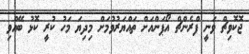
ޖޮކޮވިޗް ވަނީ ފްރެންޗް އޯޕަންއަށް ތައްޔަރުވުމަށް މިދިޔަ މަހު ކުރީ ކޮޅު ބޭއްވި